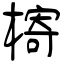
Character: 槣